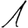
Digit: 1